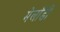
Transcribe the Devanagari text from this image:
मेलॉडी